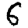
Digit: 6